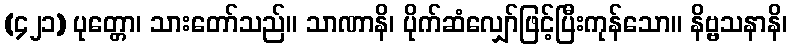
(၄၂၁) ပုတ္တော၊ သားတော်သည်။ သာဏာနိ၊ ပိုက်ဆံလျှော်ဖြင့်ပြီးကုန်သော။ နိဗ္ဗသနာနိ၊